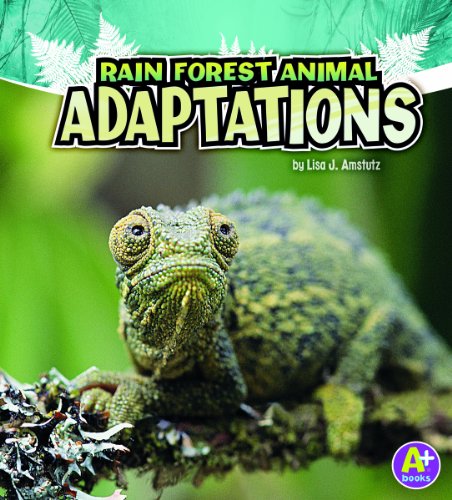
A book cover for Rain Forest Animal Adaptations (Amazing Animal Adaptations); Lisa J. Amstutz; Science & Math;